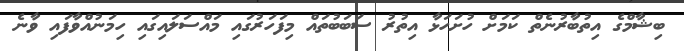
ބިޝާމްގެ އިތުބާރުނެތް ކަމަށް ހުށަހަޅާ އިތުރު ސަބަބުތައް މިފަހަރުގައި މައްސަލައިގައި ހިމަނުއްވާފައި ވާނެ